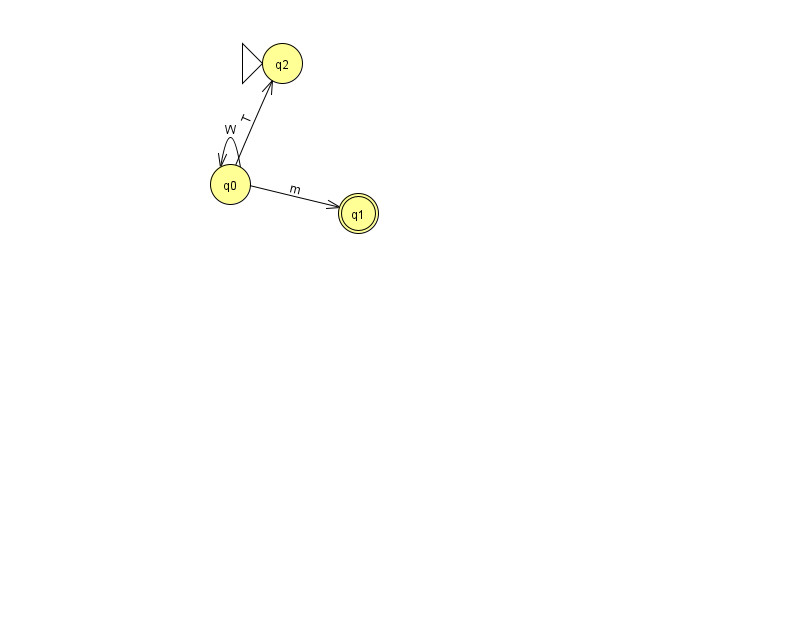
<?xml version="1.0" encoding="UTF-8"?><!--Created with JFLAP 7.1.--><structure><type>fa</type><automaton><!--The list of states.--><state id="0" name="q0"><x>230.0</x><y>171.0</y></state><state id="1" name="q1"><x>358.0</x><y>200.0</y><final/></state><state id="2" name="q2"><x>282.0</x><y>50.0</y><initial/></state><!--The list of transitions.--><transition><from>0</from><to>1</to><read>m</read></transition><transition><from>0</from><to>0</to><read>W</read></transition><transition><from>0</from><to>2</to><read>T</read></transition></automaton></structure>